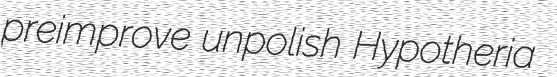
preimprove unpolish Hypotheria